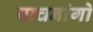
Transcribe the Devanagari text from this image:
पाचनांगो